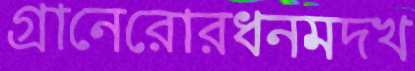
গ্রানেরোরধনমদখ